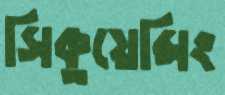
সিকুয়েন্সিং